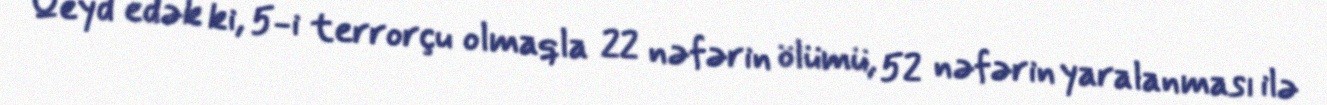
Qeyd edək ki, 5-i terrorçu olmaqla 22 nəfərin ölümü, 52 nəfərin yaralanması ilə